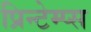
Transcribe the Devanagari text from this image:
प्रिन्टेम्प्स